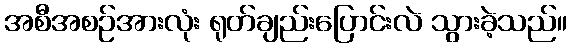
အစီအစဉ်အားလုံး ရုတ်ချည်းပြောင်းလဲ သွားခဲ့သည်။